Trukikaitis_Postimees, lk 176
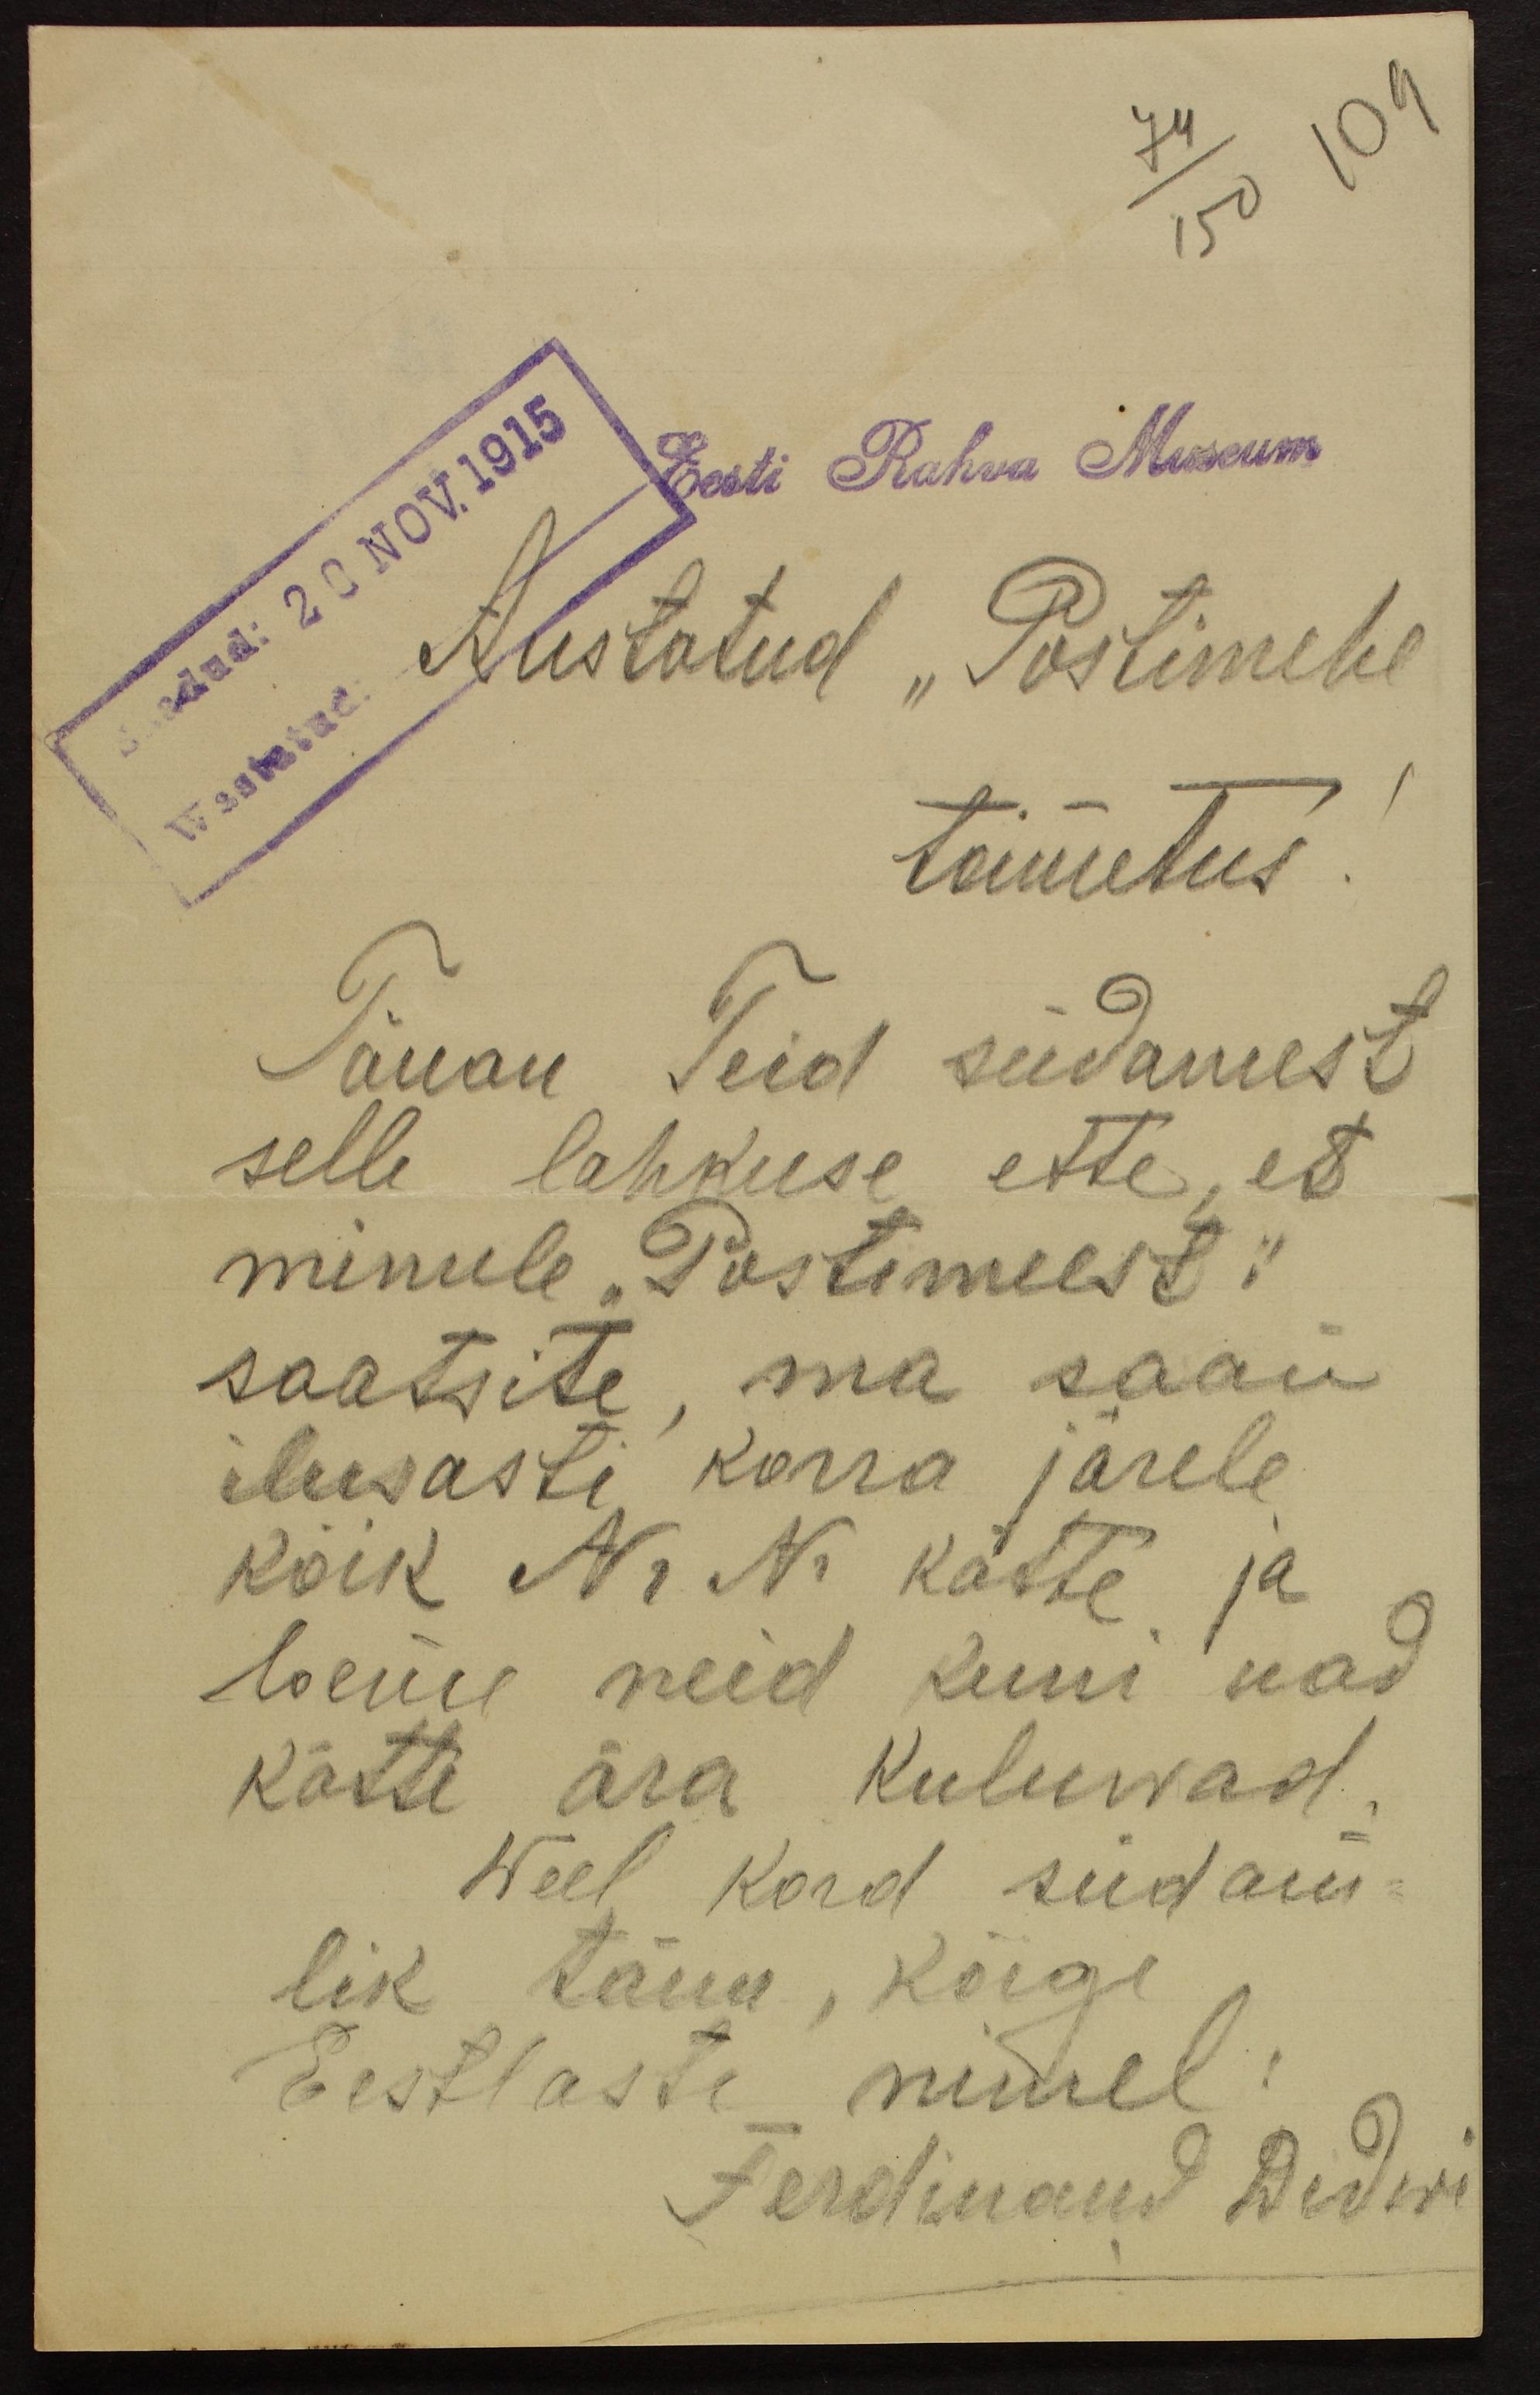
150
saadud: 20 NOV. 1915
Eesti Rahva Museum
Austatud "Postimehe
toimetus!
Tänan Teid südamest
selle lahkuse ette, et
minule "Postimeest"
saatsite, ma saan
ilusasti korra järele
kõik Nr Nr kätte ja
loeme neid kuni nad
kätte ära kuluwad.
Weel kord südam-
lik tänu, kõigi
Eestlaste nimel:
Ferdinand Didwi